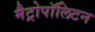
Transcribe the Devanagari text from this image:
मैट्रोपॉलिटन